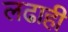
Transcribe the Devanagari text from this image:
लढाही